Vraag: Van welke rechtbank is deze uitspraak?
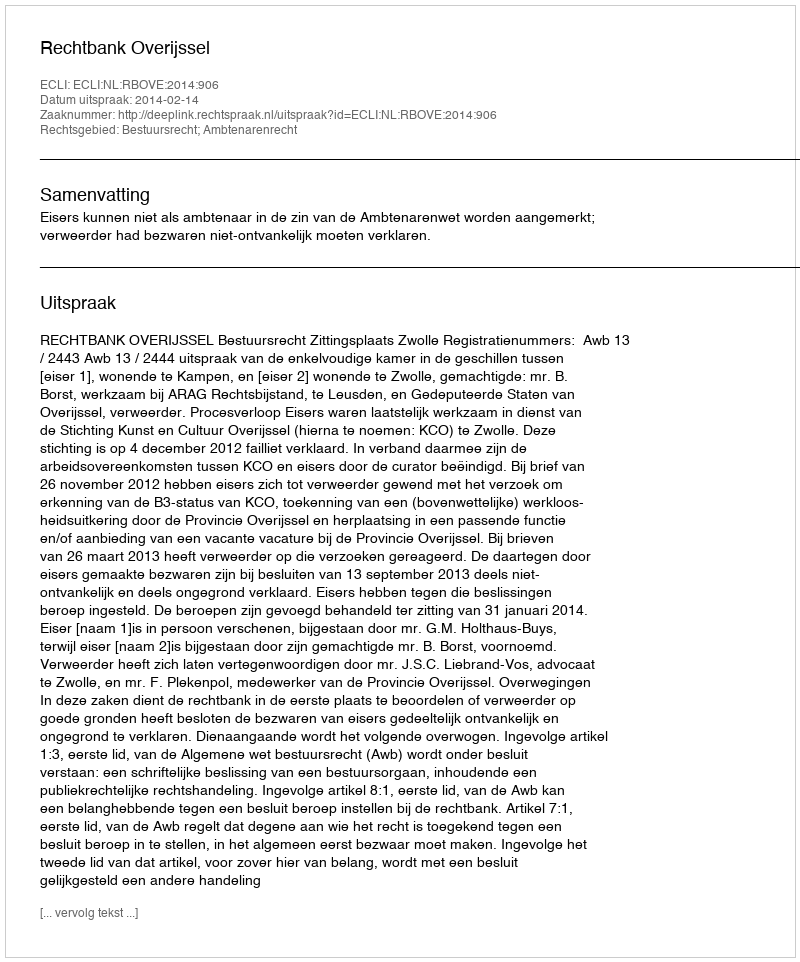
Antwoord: Rechtbank Overijssel